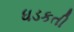
ધડકતી